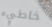
خاطيء